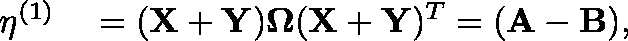
\begin{array} { r l } { \mathbf { \eta } ^ { ( 1 ) } } & { { } = ( \mathbf { X } + \mathbf { Y } ) \mathbf { \Omega } ( \mathbf { X } + \mathbf { Y } ) ^ { T } = ( \mathbf { A } - \mathbf { B } ) , } \end{array}